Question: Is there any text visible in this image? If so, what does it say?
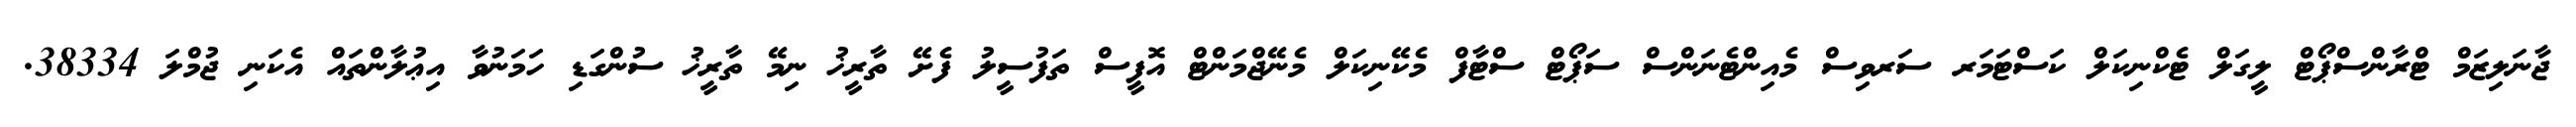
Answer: ޖާނަލިޒަމް ޓްރާންސްޕޯޓް ލީގަލް ޓެކްނިކަލް ކަސްޓަމަރ ސަރވިސް މެއިންޓެނަންސް ސަޕޯޓް ސްޓާފް މެކޭނިކަލް މެނޭޖްމަންޓް އޮފީސް ތަފުސީލު ފެށޭ ތާރީޚު ނިމޭ ތާރީޚު ސުންގަޑި ހަމަނުވާ އިޢުލާންތައް އެކަނި ޖުމްލަ 38334.